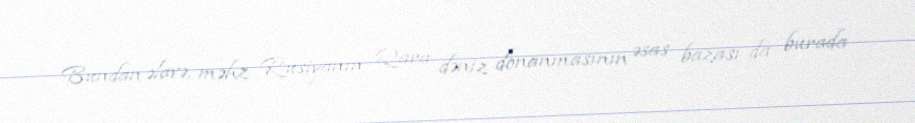
Bundan əlavə, məhz Rusiyanın Qara dəniz donanmasının əsas bazası da burada